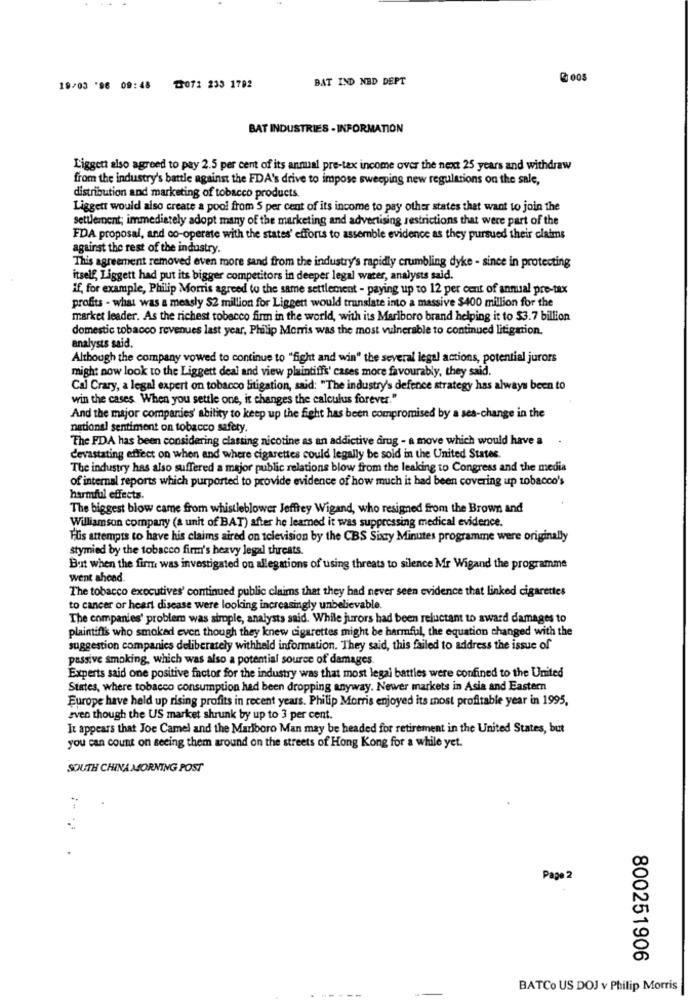
BAT IND NED DEPT
₡ 005
19/03 '96 09:48 ₸3071 233 1792
BAT INDUSTRIES - INFORMATION
Liggett also agreed to pay 2.5 per cent of its annual pre-tax income over the next 25 years and withdraw
from the industry's battle against the FDA's drive to impose sweeping new regulations on the sale,
distribution and marketing of tobacco products.
Liggett would also create a pool from 5 per cent of its income to pay other states that want to join the
settlement; immediately adopt many of the marketing and advertising restrictions that were part of the
FDA proposal, and co-operate with the states' efforts to assemble evidence as they pursued their claims
against the rest of the industry.
This agreement removed even more sand from the industry's rapidly crumbling dyke - since in protecting
itself, Liggett had put its bigger competitors in deeper legal water, analysts said.
if, for example, Philip Morris agreed to the same settlement - paying up to 12 per cent of annual pre-tax
profits - what was a measly $2 million for Liggett would translate into a massive $400 million for the
market leader. As the richest tobacco firm in the world, with its Marlboro brand helping it to $3.7 billion
domestic tobacco revenues last year, Philip Morris was the most vulnerable to continued litigation.
analysts said.
Although the company vowed to continue to "fight and win" the several legal actions, potential jurors
might now look to the Liggett deal and view plaintiffs' cases more favourably, they said.
Cal Crary, a legal expert on tobacco litigation, said: "The industry's defence strategy has always been to
win the cases. When you settle one, it changes the calculus forever."
And the major companies' ability to keep up the fight has been compromised by a ses-change in the
national sentiment on tobacco safety.
The FDA has been considering classing nicotine as an addictive drug - a move which would have a
devastating effect on when and where cigarettes could legally be sold in the United States.
The industry has also suffered a major public relations blow from the leaking to Congress and the media
of internal reports which purported to provide evidence of how much it had been covering up tobacco's
harmful effects
The biggest blow came from whistleblower Jeffrey Wigand, who resigned from the Brown and
Williamson company (a unit of BAT) after he learned it was suppressing medical evidence.
Hus attempts to have his claims aired on television by the CBS Sixty Minutes programme were originally
stymied by the tobacco firm's heavy legal threats.
But when the firm was investigated on allegations of using threats to silence Mir Wigand the programme
went ahead
The tobacco executives' continued public claims that they had never seen evidence that linked cigarettes
to cancer or heart disease were looking increasingly unbelievable.
The companies' problem was simple, analysts said. While jurors had been reluctant to award damages to
plaintiffs who smoked even though they knew cigarettes might be harmful, the equation changed with the
suggestion companies deliberately withheld information. They said, this failed to address the issue of
passive smoking, which was also a potential source of damages.
Experts said one positive factor for the industry was that most legal battles were confined to the United
States, where tobacco consumption had been dropping anyway. Newer markets in Asia and Eastern
Europe have held up rising profits in recent years. Philip Morris enjoyed its most profitable year in 1995,
even though the US market shrunk by up to 3 per cent.
It appears that Joe Camel and the Marlboro Man may be headed for retirement in the United States, but
you can count on seeing them around on the streets of Hong Kong for a while yet.
SOUTH CHINA MORNING POST
Page 2
800251906
BATCo US DOJ v Philip Morris